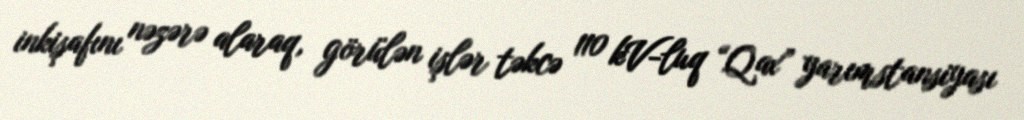
inkişafını nəzərə alaraq, görülən işlər təkcə 110 kV-luq “Qax” yarımstansiyası